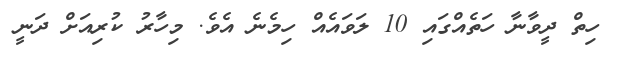
ހިތް ދީވާނާ ހަތެއްގައި 10 ލަވައެއް ހިމެނެ އެވެ. މިހާރު ކުރިއަށް ދަނީ